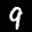
Label: 9